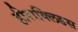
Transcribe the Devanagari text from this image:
हीराक्लिडस